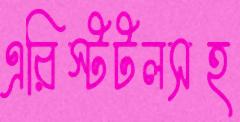
এরিস্টটলসহ